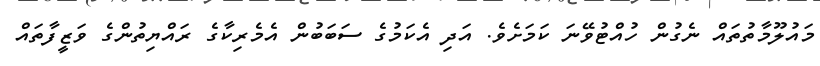
މައުލޫމާތުތައް ނެގުން ހުއްޓުވޭނަ ކަމަށެވެ. އަދި އެކަމުގެ ސަބަބުން އެމެރިކާގެ ރައްޔިތުންގެ ވަޒީފާތައް